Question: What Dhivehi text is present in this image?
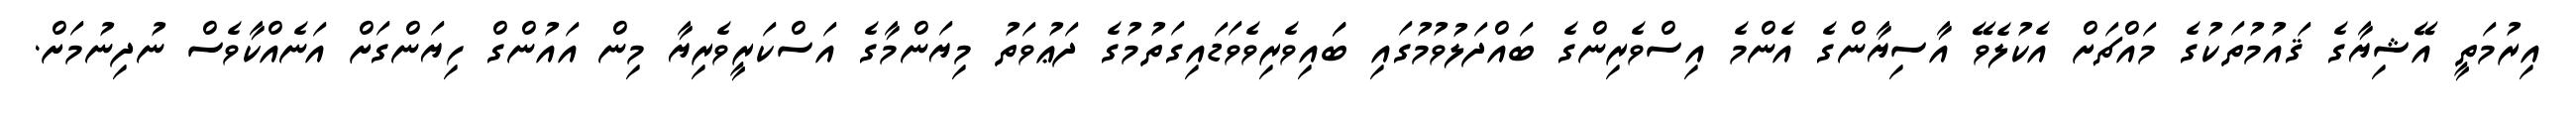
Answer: އިރުމަތީ އޭޝިޔާގެ ޤައުމުތަކުގެ މައްޗަށް އެކުލެވޭ އާސިޔާންގެ އެންމެ އިސްވެރިންގެ ބައްދަލުވުމުގައި ބަައިވެރިވެވަޑައިގަތުމުގެ ދަޢުވަތު މިޔަންމާގެ އަސްކަރީވެރިޔާ މިން އައުންގް ހިޔަންގަށް އަނެއްކާވެސް ނުދިނުމަށް.